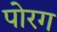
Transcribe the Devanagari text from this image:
पोरग